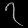
Digit: ၇